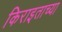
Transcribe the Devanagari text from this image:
किराइताच्या